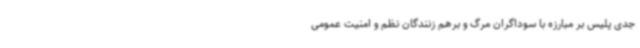
جدی پلیس بر مبارزه با سوداگران مرگ و برهم زنندگان نظم و امنیت عمومی